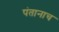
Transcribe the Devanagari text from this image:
पंतानाच